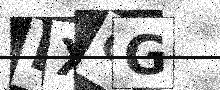
Text: BXGG